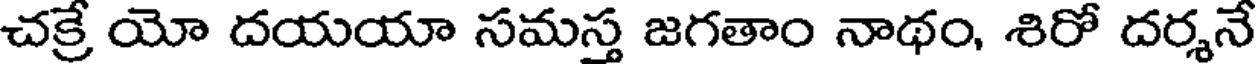
చక్రే యో దయయా సమస్త జగతాం నాథం, శిరో దర్శనే